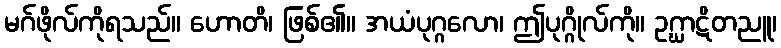
မဂ်ဖိုလ်ကိုရသည်။ ဟောတိ၊ ဖြစ်၏။ အယံပုဂ္ဂလော၊ ဤပုဂ္ဂိုလ်ကို။ ဥဂ္ဃာဋိတညူ၊